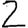
Digit: 2